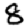
Digit: 8